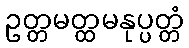
ဥတ္တမတ္ထမနုပ္ပတ္တံ